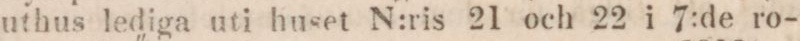
uthus lediga uti huset N:ris 21 och 22 i 7:de ro-